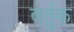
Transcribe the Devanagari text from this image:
वर्तुक